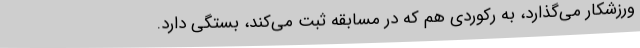
ورزشکار می‌گذارد، به رکوردی هم که در مسابقه ثبت می‌کند، بستگی دارد.